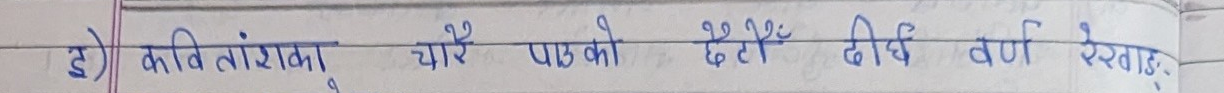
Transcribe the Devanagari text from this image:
इ) कवि तांशका चारे पाउको हेटे दीर्घ वर्ण रहेछः